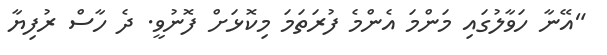
"އޭނާ ހަވާލުގައި މަންމަ އެންމެ ފުރަތަމަ މިކޮޅަށް ފޮނުވީ. ދެ ހާސް ރުފިޔާ